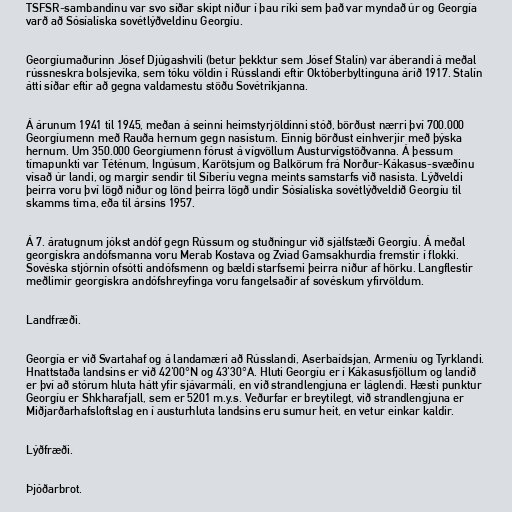
TSFSR-sambandinu var svo síðar skipt niður í þau ríki sem það var myndað úr og Georgía
varð að Sósíalíska sovétlýðveldinu Georgíu.

Georgíumaðurinn Jósef Djúgashvili (betur þekktur sem Jósef Stalín) var áberandi á meðal
rússneskra bolsjevíka, sem tóku völdin í Rússlandi eftir Októberbyltinguna árið 1917. Stalín
átti síðar eftir að gegna valdamestu stöðu Sovétríkjanna.

Á árunum 1941 til 1945, meðan á seinni heimstyrjöldinni stóð, börðust nærri því 700.000
Georgíumenn með Rauða hernum gegn nasistum. Einnig börðust einhverjir með þýska
hernum. Um 350.000 Georgíumenn fórust á vígvöllum Austurvígstöðvanna. Á þessum
tímapunkti var Téténum, Ingúsum, Karötsjum og Balkörum frá Norður-Kákasus-svæðinu
vísað úr landi, og margir sendir til Síberíu vegna meints samstarfs við nasista. Lýðveldi
þeirra voru því lögð niður og lönd þeirra lögð undir Sósíalíska sovétlýðveldið Georgíu til
skamms tíma, eða til ársins 1957.

Á 7. áratugnum jókst andóf gegn Rússum og stuðningur við sjálfstæði Georgíu. Á meðal
georgískra andófsmanna voru Merab Kostava og Zviad Gamsakhurdia fremstir í flokki.
Sovéska stjórnin ofsótti andófsmenn og bældi starfsemi þeirra niður af hörku. Langflestir
meðlimir georgískra andófshreyfinga voru fangelsaðir af sovéskum yfirvöldum.

Landfræði.

Georgía er við Svartahaf og á landamæri að Rússlandi, Aserbaídsjan, Armeníu og Tyrklandi.
Hnattstaða landsins er við 42'00°N og 43'30°A. Hluti Georgíu er í Kákasusfjöllum og landið
er því að stórum hluta hátt yfir sjávarmáli, en við strandlengjuna er láglendi. Hæsti punktur
Georgíu er Shkharafjall, sem er 5201 m.y.s. Veðurfar er breytilegt, við strandlengjuna er
Miðjarðarhafsloftslag en í austurhluta landsins eru sumur heit, en vetur einkar kaldir.

Lýðfræði.

Þjóðarbrot.